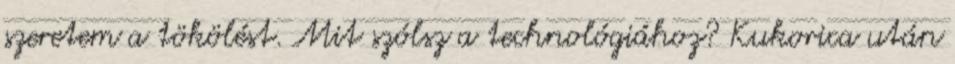
szeretem a tökölést. Mit szólsz a technológiához? Kukorica után